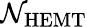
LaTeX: \mathcal{N}_{\mathrm{{HEMT}}}